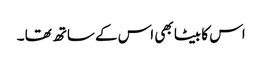
اس کا بیٹا بھی اس کے ساتھ تھا ۔